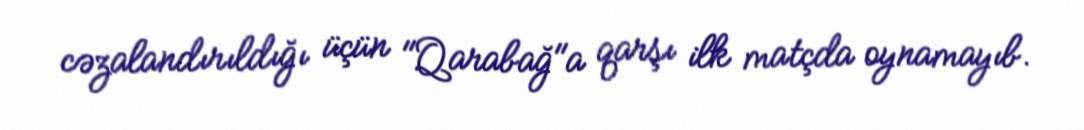
cəzalandırıldığı üçün "Qarabağ"a qarşı ilk matçda oynamayıb.